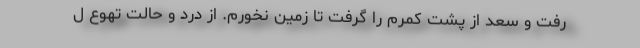
رفت و سعد از پشت کمرم را گرفت تا زمین نخورم. از درد و حالت تهوع ل